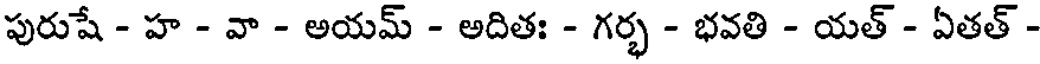
పురుషే - హ - వా - అయమ్ - అదితః - గర్భ - భవతి - యత్ - ఏతత్ -